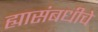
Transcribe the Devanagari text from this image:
ह्यासंबधीचे